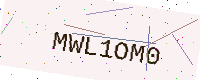
Text: MWL1OM0